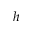
h